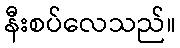
နီးစပ်လေသည်။